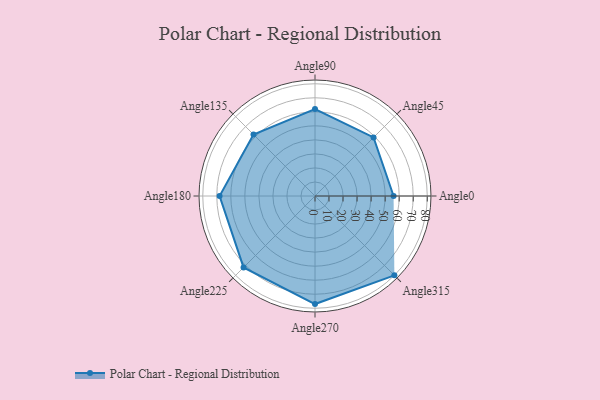
{"axis": {"x": "Angle", "y": "Radius"}, "legend": [""], "data": [{"x": "Angle0", "y": 56.0, "type": ""}, {"x": "Angle45", "y": 59.0, "type": ""}, {"x": "Angle90", "y": 62.0, "type": ""}, {"x": "Angle135", "y": 62.0, "type": ""}, {"x": "Angle180", "y": 68.0, "type": ""}, {"x": "Angle225", "y": 72.0, "type": ""}, {"x": "Angle270", "y": 77.0, "type": ""}, {"x": "Angle315", "y": 80.0, "type": ""}]}